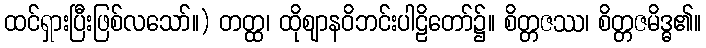
ထင်ရှားပြီးဖြစ်လသော်။) တတ္ထ၊ ထိုဈာနဝိဘင်းပါဠိတော်၌။ စိတ္တဇဿ၊ စိတ္တဇမိဒ္ဓ၏။